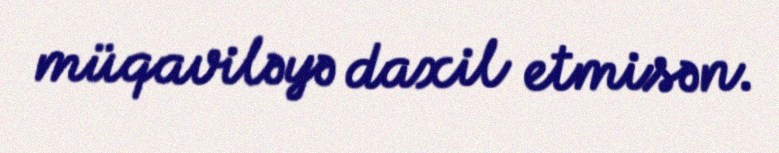
müqaviləyə daxil etmisən.